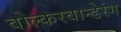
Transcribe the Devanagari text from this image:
वोल्करवान्डेरंग